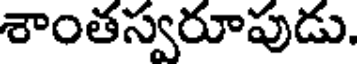
శాంతస్వరూపుడు.